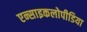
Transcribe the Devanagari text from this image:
एन्साइकलोपीडिया